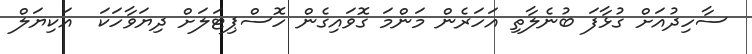
ސާހިދުއަށް ގުޅާފަ ބުނެލާތި އަހަރެން މަންމަ ގޮވައިގެން ހޮސްޕިޓަލަށް ދިޔަވާހަކަ  އަކިޔަލް